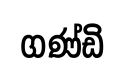
ගණ්ඩි